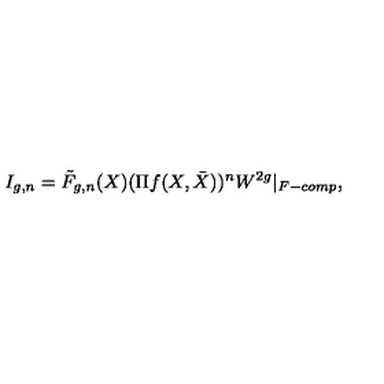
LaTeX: I _ { g , n } = \tilde { F } _ { g , n } ( X ) ( \Pi f ( X , \bar { X } ) ) ^ { n } W ^ { 2 g } | _ { F - c o m p } ,